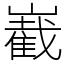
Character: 嶻